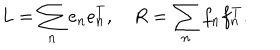
L = \sum _ { n } e _ { n } e _ { n } ^ { T } , \quad R = \sum _ { n } f _ { n } f _ { n } ^ { T } .